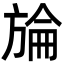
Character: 𣄇